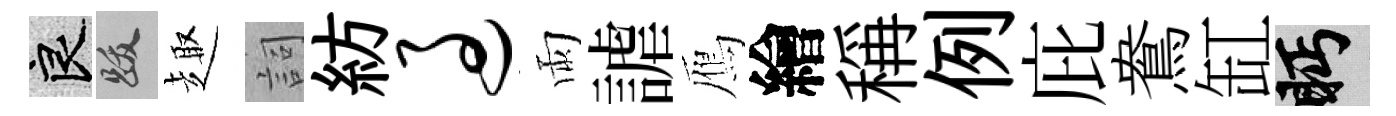
良跋趣詞紡过雨謔鴈繪稱例庇鴦缸眄